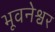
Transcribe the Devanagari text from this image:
भूवनेश्वर